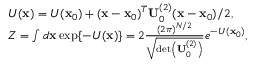
\begin{array} { r l } & { U ( \mathbf { x } ) = U ( \mathbf { x } _ { 0 } ) + ( \mathbf { x } - \mathbf { x } _ { 0 } ) ^ { T } \mathbf { U } _ { 0 } ^ { ( 2 ) } ( \mathbf { x } - \mathbf { x } _ { 0 } ) / 2 , } \\ & { Z = \int d \mathbf { x } \exp \{ - U ( \mathbf { x } ) \} = 2 \frac { ( 2 \pi ) ^ { N / 2 } } { \sqrt { \operatorname* { d e t } \left( \mathbf { U } _ { 0 } ^ { ( 2 ) } \right) } } e ^ { - U ( \mathbf { x } _ { 0 } ) } , } \end{array}